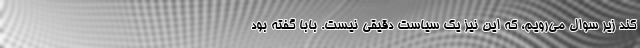
کند زير سوال مي‌رويم، که اين نيز يک سياست دقيقي نيست. بابا گفته بود